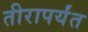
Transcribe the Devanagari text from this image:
तीरापर्यंत